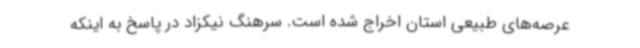
عرصه‌های طبیعی استان اخراج شده است. سرهنگ نیکزاد در پاسخ به اینکه